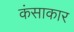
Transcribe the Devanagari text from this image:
कंसाकार